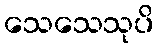
သေသေသုပိ